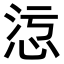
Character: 𢙁